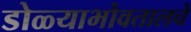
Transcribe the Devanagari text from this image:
डोळ्याभोवतालचे